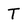
Character: T